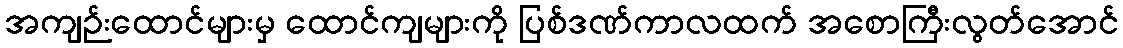
အကျဉ်းထောင်များမှ ထောင်ကျများကို ပြစ်ဒဏ်ကာလထက် အစောကြီးလွတ်အောင်